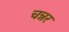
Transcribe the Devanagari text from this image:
चन्नर